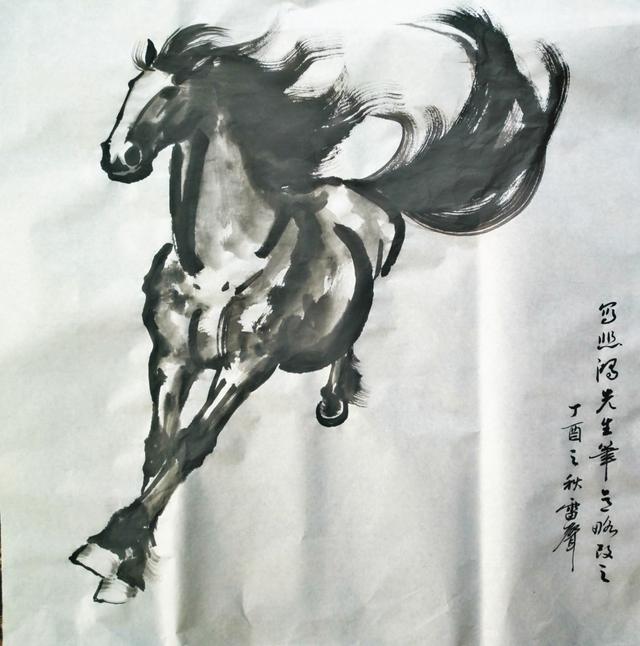
舞榭歌台，风流总被雨打风吹去。